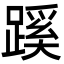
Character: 蹊